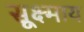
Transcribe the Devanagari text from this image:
सूक्ष्माय